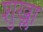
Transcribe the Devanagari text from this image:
शुख्ला